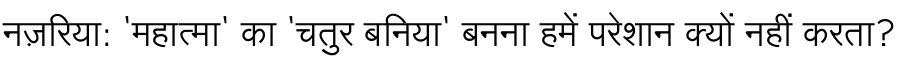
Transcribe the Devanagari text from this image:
नज़रिया: 'महात्मा' का 'चतुर बनिया' बनना हमें परेशान क्यों नहीं करता?